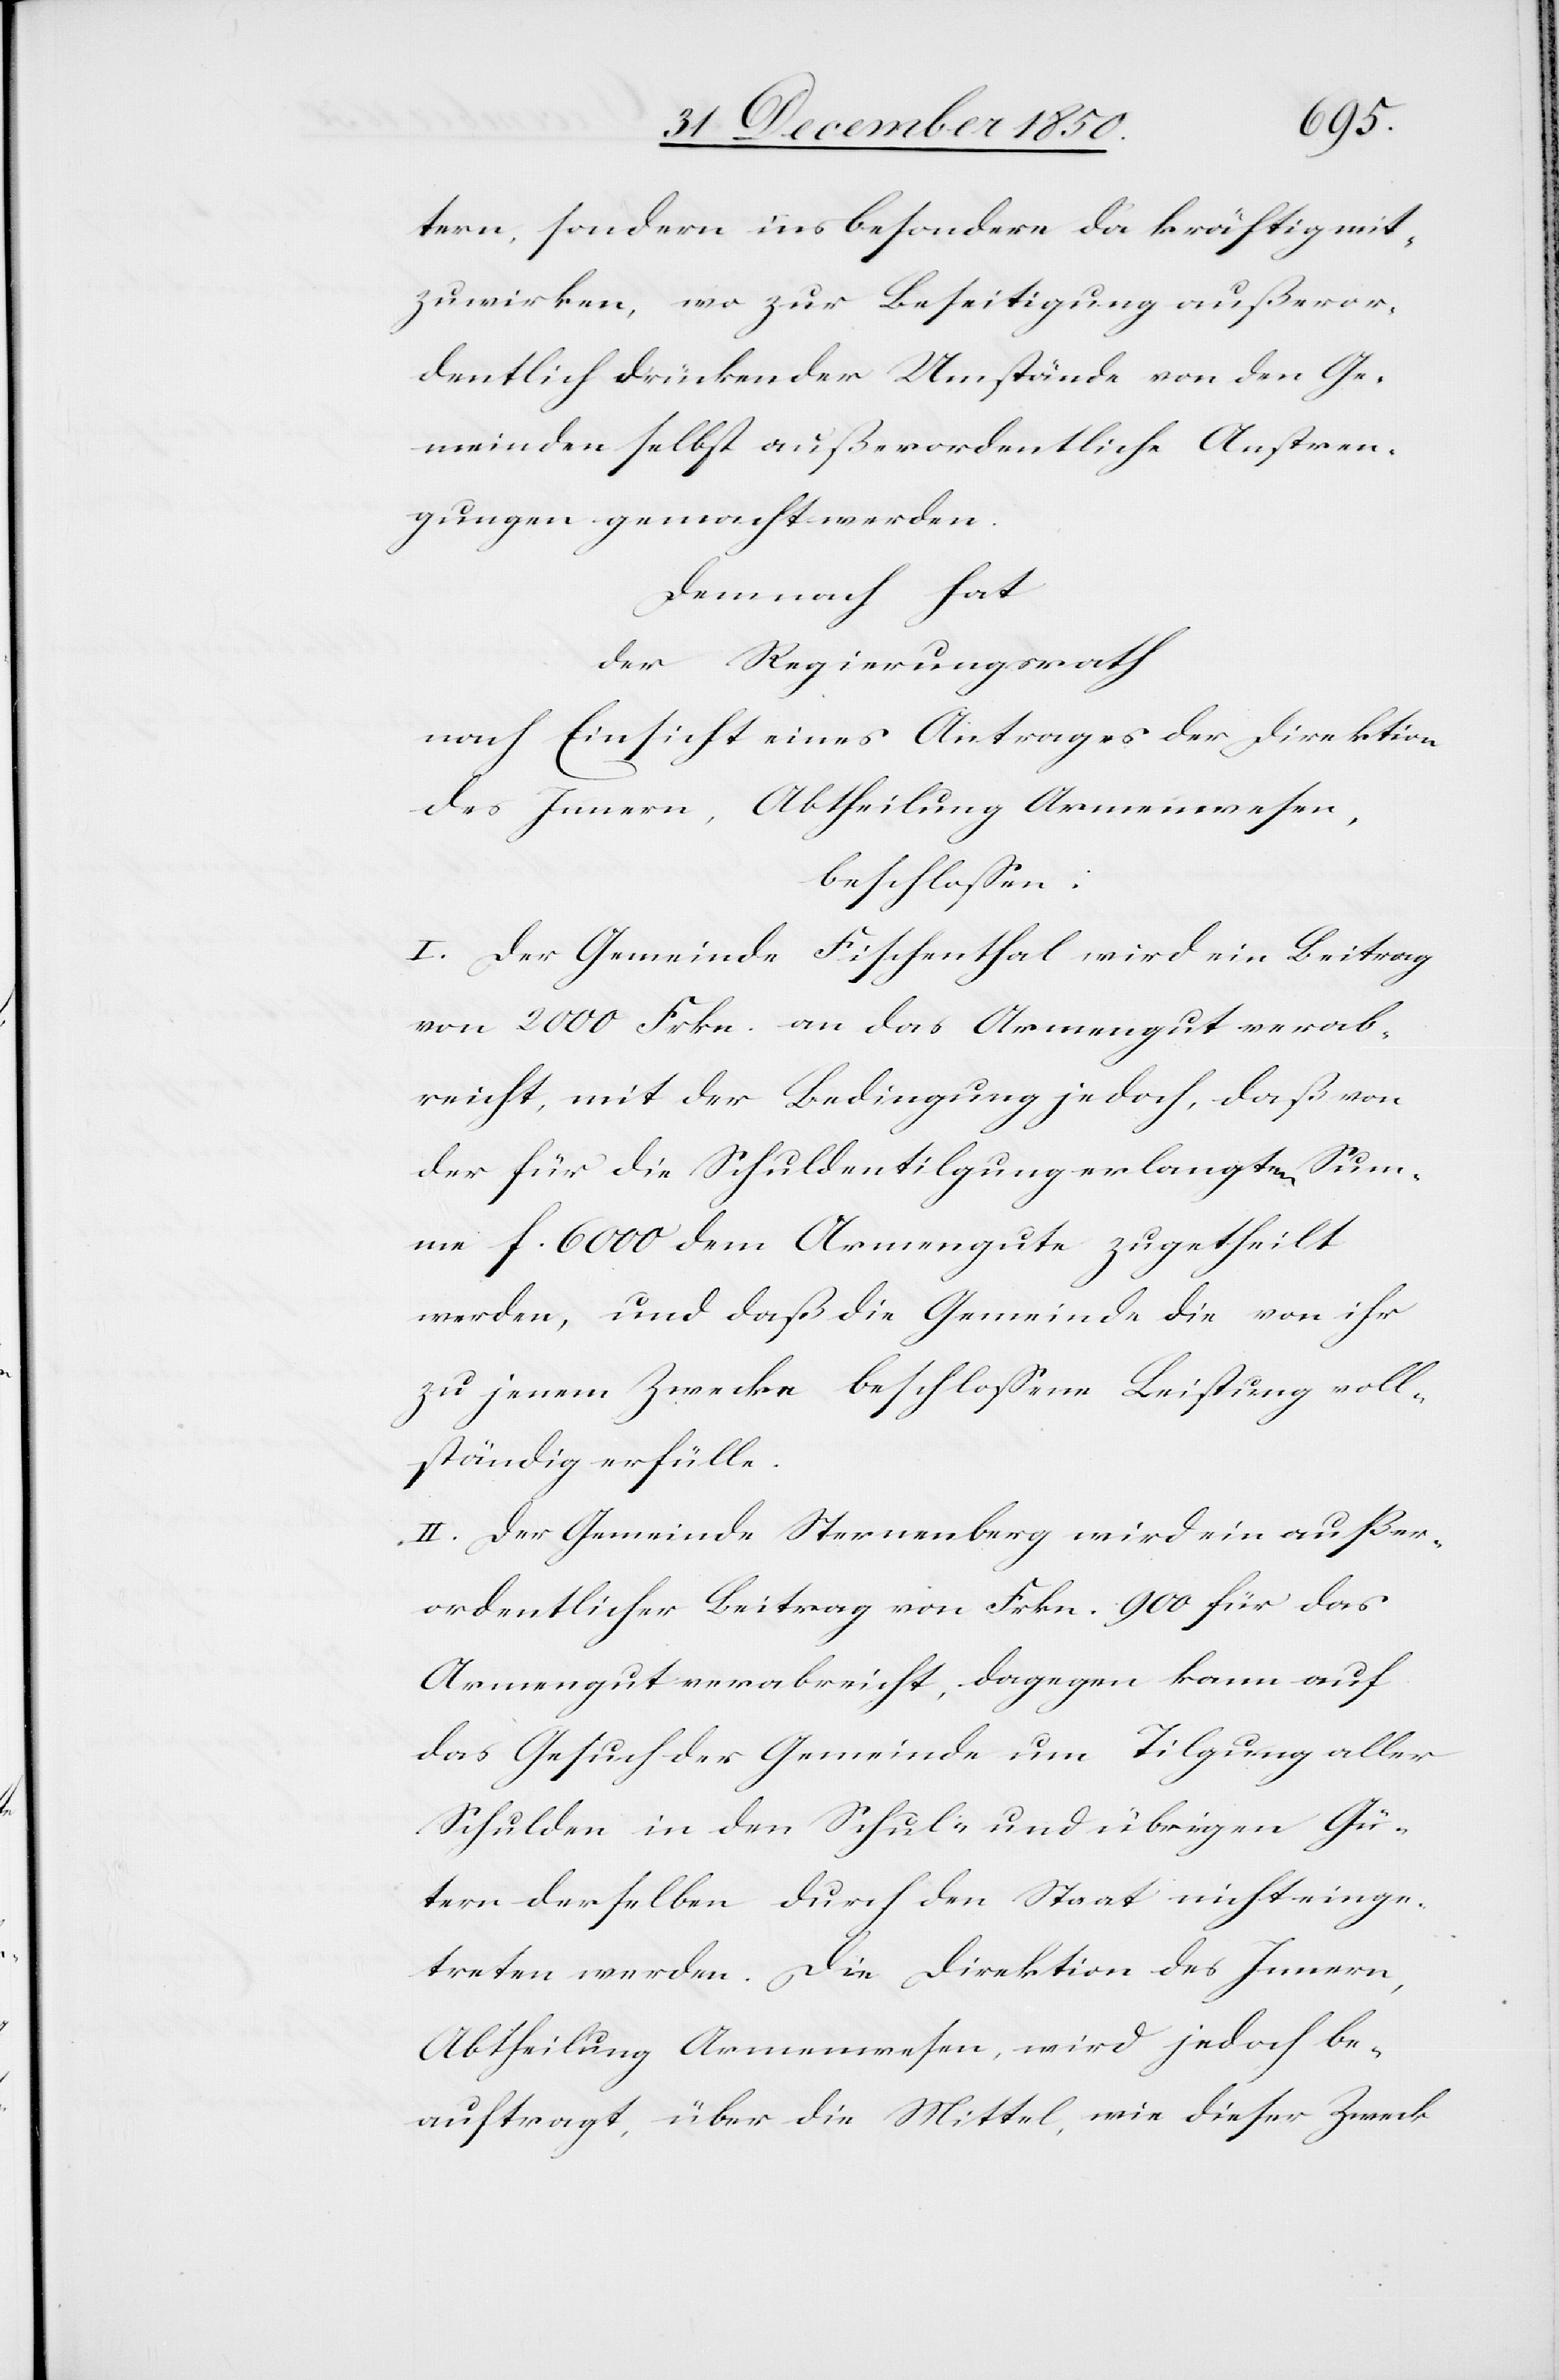
tern, sondern insbesondere da kräftig mit¬
zuwirken, wo zur Beseitigung außeror¬
dentlich drückender Umstände von den Ge¬
meinden selbst außerordentliche Anstren¬
gungen gemacht werden.
Demnach hat
der Regierungsrath
nach Einsicht eines Antrages der Direktion
des Innern, Abtheilung Armenwesen,
beschlossen:
I. Der Gemeinde Fischenthal wird ein Beitrag
von 2000 Frkn. an das Armengut verab¬
reicht, mit der Bedingung jedoch, daß von
der für die Schuldentilgung erlangten Sum¬
me f 6000 dem Armengute zugetheilt
werden, und daß die Gemeinde die von ihr
zu jenem Zwecke beschlossene Leistung voll¬
ständig erfülle.
II. Der Gemeinde Sternenberg wird ein außer¬
ordentlicher Beitrag von Frkn. 900 für das
Armengut verabreicht, dagegen kann auf
das Gesuch der Gemeinde um Tilgung aller
Schulden in den Schul- und übrigen Gü¬
tern derselben durch den Staat nicht einge¬
treten werden. Die Direktion des Innern,
Abtheilung Armenwesen, wird jedoch be¬
auftragt, über die Mittel, wie dieser Zweck